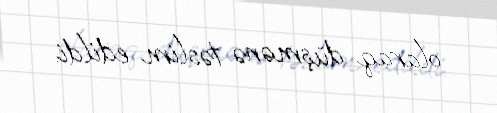
olaraq düşmənə təslim edildi.